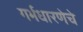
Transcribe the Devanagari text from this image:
गर्भधारणेचे